Lunatic asylums Central Provinces reports 1895-1909 - 1895-1909
Year: 1895
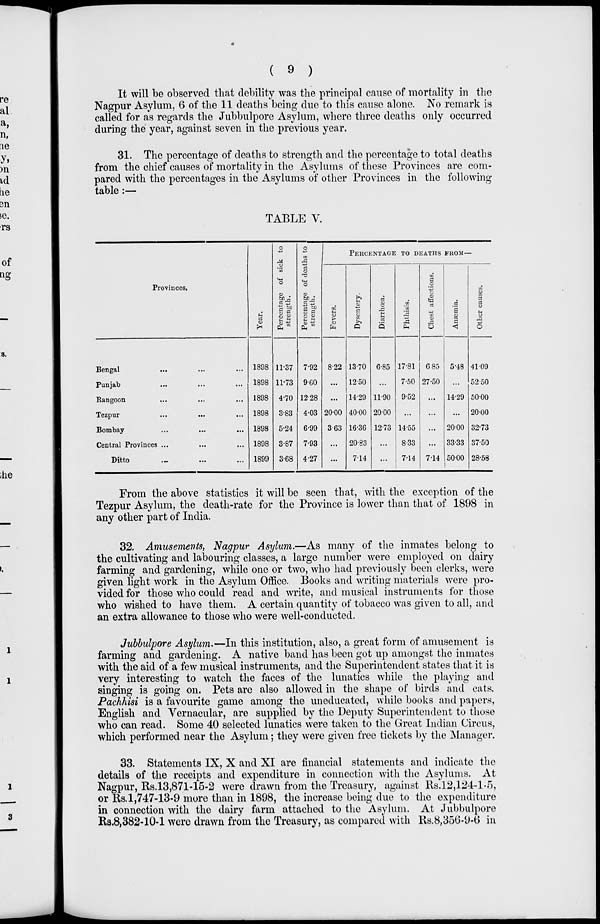
( 9 )
It will be observed that debility was the principal cause of mortality in the
Nagpur Asylum, 6 of the 11 deaths being due to this cause alone. No remark is
called for as regards the Jubbulpore Asylum, where three deaths only occurred
during the year, against seven in the previous year.
31. The percentage of deaths to strength and the percentage to total deaths
from the chief causes of mortality in the Asylums of these Provinces are com-
pared with the percentages in the Asylums of other Provinces in the following
table :—
TABLE V.
Provinces.
Bengal ... ... ...
Punjab ... ... ...
Rangoon ... ... ...
Tezpur ... ... ...
Bombay ... ... ...
Central Provinces ... ... ...
Ditto ... ... ...
Year.
1898
1898
1898
1898
1898
1898
1899
Percentage of sick to
strength.
11.37
11.73
4.70
3.83
5.24
3.87
3.68
Percentage of deaths to
strength.
7.92
9.60
12.28
4.03
6.99
7.93
4.27
PERCENTAGE TO DEATHS FROM—
Fevers.
8.22
...
...
20.00
3.63
...
...
Dysentery.
13.70
12.50
14.29
40.00
16.36
20.83
7.14
Diarrhœa.
6.85
...
11.90
20.00
12.73
...
...
Phthisis.
17.81
7.50
9.52
...
14.55
8.33
7.14
Chest affections.
6 85
27.50
...
...
...
...
7.14
Anæmia.
5.48
...
14.29
...
20.00
33.33
50.00
Other causes.
41.09
52.50
50.00
20.00
32.73
37.50
28.58
From the above statistics it will be seen that, with the exception of the
Tezpur Asylum, the death-rate for the Province is lower than that of 1898 in
any other part of India.
32. Amusements, Nagpur Asylum.—As many of the inmates belong to
the cultivating and labouring classes, a large number were employed on dairy
farming and gardening, while one or two, who had previously been clerks, were
given light work in the Asylum Office. Books and writing materials were pro-
vided for those who could read and write, and musical instruments for those
who wished to have them. A certain quantity of tobacco was given to all, and
an extra allowance to those who were well-conducted.
Jubbulpore Asylum.—In this institution, also, a great form of amusement is
farming and gardening. A native band has been got up amongst the inmates
with the aid of a few musical instruments, and the Superintendent states that it is
very interesting to watch the faces of the lunatics while the playing and
singing is going on. Pets are also allowed in the shape of birds and cats.
Pachhisi is a favourite game among the uneducated, while books and papers,
English and Vernacular, are supplied by the Deputy Superintendent to those
who can read. Some 40 selected lunatics were taken to the Great Indian Circus,
which performed near the Asylum; they were given free tickets by the Manager.
33. Statements IX, X and XI are financial statements and indicate the
details of the receipts and expenditure in connection with the Asylums. At
Nagpur, Rs.13,871-15-2 were drawn from the Treasury, against Rs.12,124-1-5,
or Rs.1,747-13-9 more than in 1898, the increase being due to the expenditure
in connection with the dairy farm attached to the Asylum. At Jubbulpore
Rs.8,382-10-1 were drawn from the Treasury, as compared with Rs.8,356-9-6 in